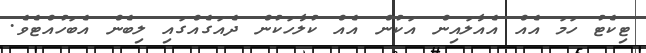
ޓިކެޓު ހަމަ އެއް އެއާލައިން އަކުން އެއް ކުލާހަކުން ދެއަގެއްގައި ލިބެން އެބަހުއްޓެވެ.